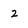
Character: 2